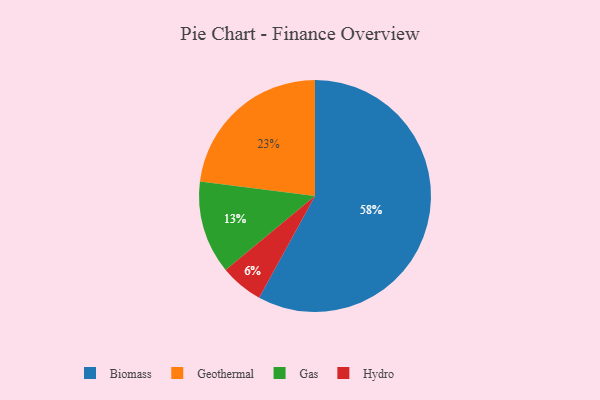
{"axis": {"x": "Category", "y": "Percentage"}, "legend": ["Biomass", "Gas", "Geothermal", "Hydro"], "data": [{"x": "Gas", "y": 13, "type": "Gas"}, {"x": "Biomass", "y": 58, "type": "Biomass"}, {"x": "Hydro", "y": 6, "type": "Hydro"}, {"x": "Geothermal", "y": 23, "type": "Geothermal"}]}